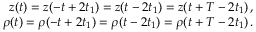
\begin{array} { r } { z ( t ) = z ( - t + 2 t _ { 1 } ) = z ( t - 2 t _ { 1 } ) = z ( t + T - 2 t _ { 1 } ) \, , } \\ { \rho ( t ) = \rho ( - t + 2 t _ { 1 } ) = \rho ( t - 2 t _ { 1 } ) = \rho ( t + T - 2 t _ { 1 } ) \, . } \end{array}